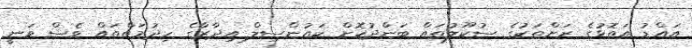
އައްޑު އަތޮޅުގެ ރަށްތަކުގެ ސުކޫލުތައް ބަންދުކޮށް ކައުންސިލް އިދާރާގެ ހިދުމަތްތައް ވެސް ވަނީ